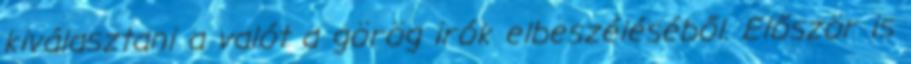
kiválasztani a valót a görög irók elbeszéléséből. Először is